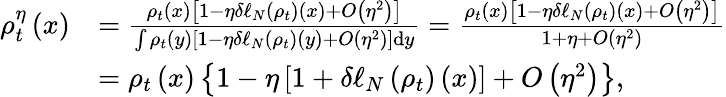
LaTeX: \begin{array}{rl}{\rho_{t}^{\eta}\left(x\right)}&{=\frac{\rho_{t}\left(x\right)\left[1-\eta\delta\ell_{N}\left(\rho_{t}\right)\left(x\right)+O\left(\eta^{2}\right)\right]}{\int\rho_{t}\left(y\right)\left[1-\eta\delta\ell_{N}\left(\rho_{t}\right)\left(y\right)+O\left(\eta^{2}\right)\right]\mathrm{d}y}=\frac{\rho_{t}\left(x\right)\left[1-\eta\delta\ell_{N}\left(\rho_{t}\right)\left(x\right)+O\left(\eta^{2}\right)\right]}{1+\eta+O\left(\eta^{2}\right)}}\\ &{=\rho_{t}\left(x\right)\left\{ 1-\eta\left[1+\delta\ell_{N}\left(\rho_{t}\right)\left(x\right)\right]+O\left(\eta^{2}\right)\right\} ,}\end{array}